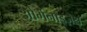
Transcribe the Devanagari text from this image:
ओर्गेनाइज़ेश्न